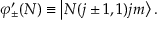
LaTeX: \varphi _ { \pm } ^ { \prime } ( N ) \equiv \left| N ( j \pm 1 , 1 ) j m \right\rangle .